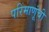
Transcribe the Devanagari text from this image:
परिंमाणूंची